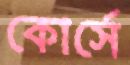
কোর্সে